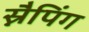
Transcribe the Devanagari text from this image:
स्नैपिंग